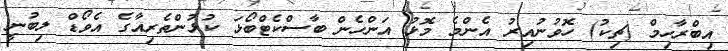
އިބްރާހިމް (ޗިކު) ހޮވުނުއިރު އެންމެ މޮޅު އަންހެން ބާސްކެޓްބޯޅަ ކުޅުންތެރިއާގެ އެވޯޑް ލިބުނީ